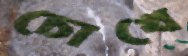
চোখে